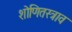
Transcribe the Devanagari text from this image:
शोणितस्त्राव